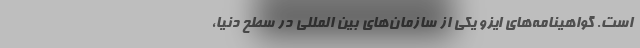
است. گواهینامه‌های ایزو یکی از سازمان‌های بین المللی در سطح دنیا،